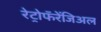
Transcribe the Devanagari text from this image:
रेट्रोफॅरेंजिअल